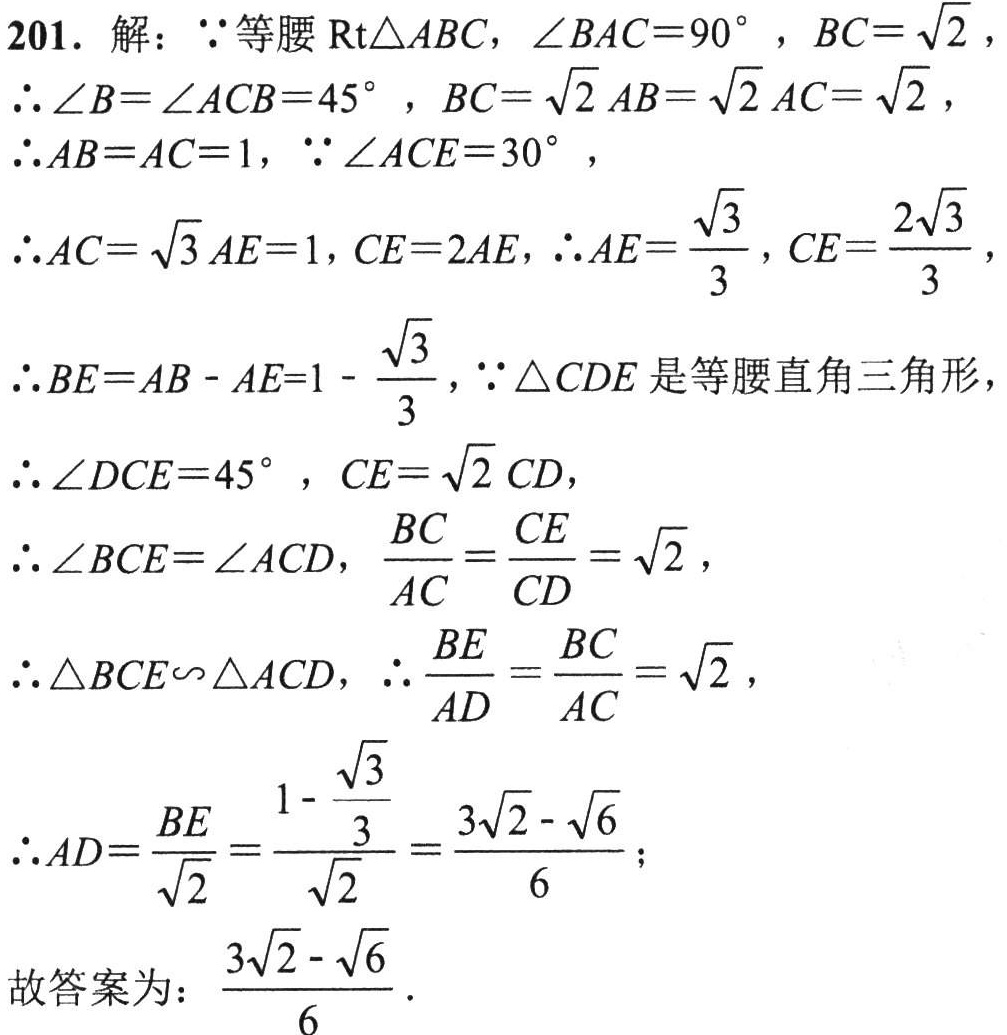
201. 解：$\because$等腰$\mathrm{Rt}\triangle ABC$，$\angle BAC = 90^{\circ}$，$BC = \sqrt{2}$，

$\therefore \angle B=\angle ACB = 45^{\circ}$，$BC=\sqrt{2}AB=\sqrt{2}AC=\sqrt{2}$，

$\therefore AB = AC = 1$，$\because \angle ACE = 30^{\circ}$，

$\therefore AC=\sqrt{3}AE = 1$，$CE = 2AE$，$\therefore AE=\frac{\sqrt{3}}{3}$，$CE=\frac{2\sqrt{3}}{3}$，

$\therefore BE = AB - AE = 1-\frac{\sqrt{3}}{3}$，$\because \triangle CDE$是等腰直角三角形，

$\therefore \angle DCE = 45^{\circ}$，$CE=\sqrt{2}CD$，

$\therefore \angle BCE=\angle ACD$，$\frac{BC}{AC}=\frac{CE}{CD}=\sqrt{2}$，

$\therefore \triangle BCE\backsim\triangle ACD$，$\therefore \frac{BE}{AD}=\frac{BC}{AC}=\sqrt{2}$，

$\therefore AD=\frac{BE}{\sqrt{2}}=\frac{1 - \frac{\sqrt{3}}{3}}{\sqrt{2}}=\frac{3\sqrt{2}-\sqrt{6}}{6}$；

故答案为：$\frac{3\sqrt{2}-\sqrt{6}}{6}$.